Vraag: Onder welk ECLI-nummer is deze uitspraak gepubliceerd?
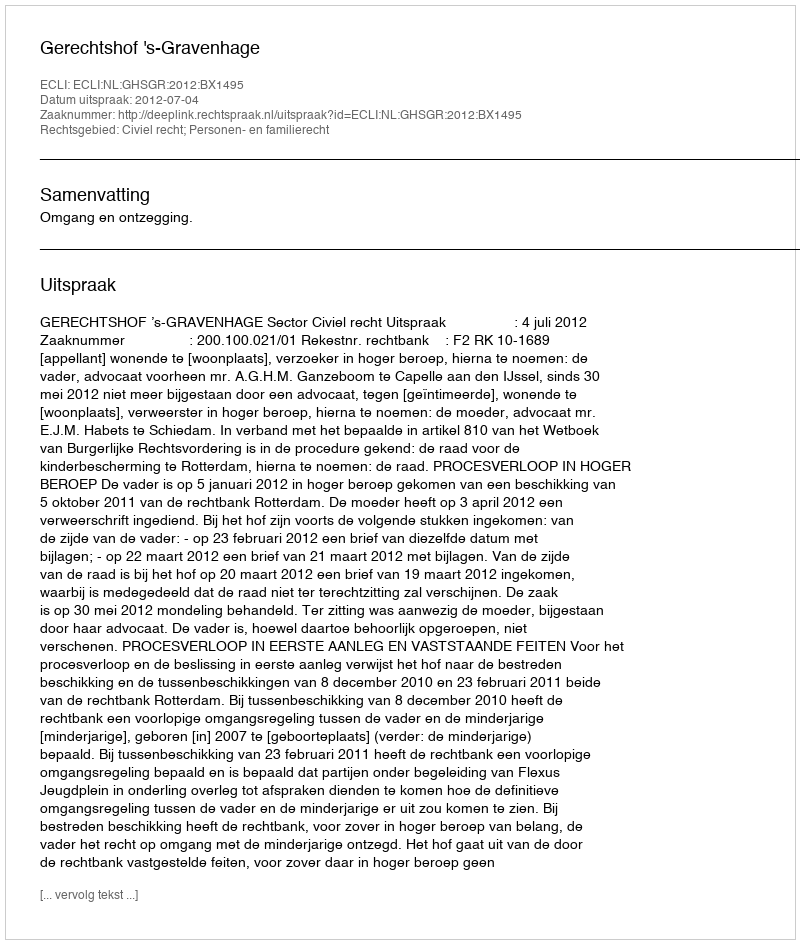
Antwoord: ECLI:NL:GHSGR:2012:BX1495